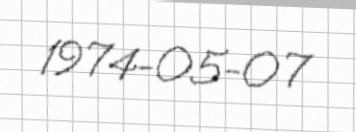
1974-05-07